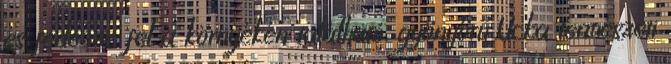
és fedezze fel a környékén található, gyönyörű Ucka természeti